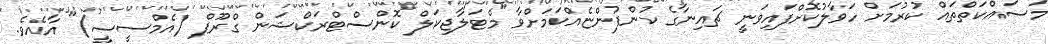
މަސައްކަތްތައް ކުރުމަށް ހަވާލުކޮށްފައިވަނީ ޗައިނާގެ ކުންފުންޏެއްކަމަށްވާ "މެޓަލާޖިކަލް ކޮންސްޓްރަކްޝަން ގްރޫޕް (އެމްސީސީ)" އާއެވެ.